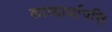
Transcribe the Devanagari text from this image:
काव्यार्थापत्ति